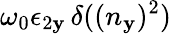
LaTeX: \omega_{0}\epsilon_{2\mathbf{y}}\, \delta((n_{\mathbf{y}})^{2})